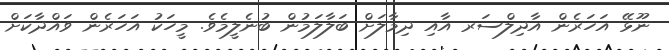
ނޫޅޭ އަހަރެން އާދިލްސަރ އާއި ދިމާލަށް ބަލާލަމުން ބުނެލީމެވެ. މީހަކު އަހަރެން ވައްދާކަށް